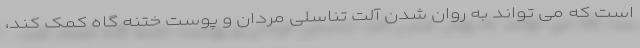
است که می تواند به روان شدن آلت تناسلی مردان و پوست ختنه گاه کمک کند،